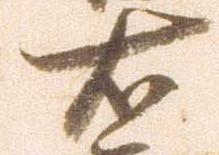
右